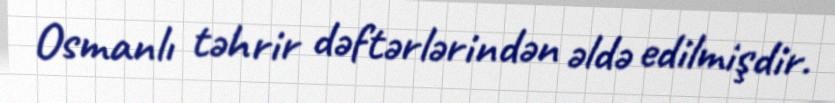
Osmanlı təhrir dəftərlərindən əldə edilmişdir.